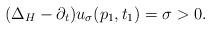
LaTeX: \begin{align*}(\Delta_H - \partial_t) u_\sigma (p_1, t_1) = \sigma > 0.\end{align*}